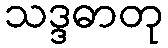
သဒ္ဒဓာတု